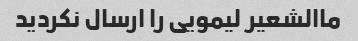
ماالشعیر لیمویی را ارسال نکردید